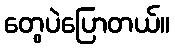
တွေပဲပြောတယ်။